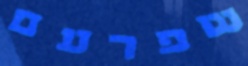
שפרעם